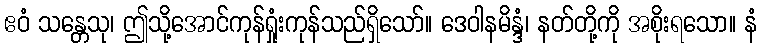
ဧဝံ သန္တေသု၊ ဤသို့အောင်ကုန်ရှုံးကုန်သည်ရှိသော်။ ဒေဝါနမိန္ဒံ၊ နတ်တို့ကို အစိုးရသော။ နံ